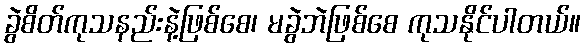
ခွဲစိတ်ကုသနည်းနဲ့ဖြစ်စေ၊ မခွဲဘဲဖြစ်စေ ကုသနိုင်ပါတယ်။